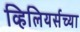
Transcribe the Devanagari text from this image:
व्हिलियर्सच्या